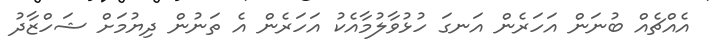
އެއްޗެއް ބުނަން އަހަރެން އަނގަ ހުޅުވާލުމާއެކު އަހަރެން އެ ތަނުން ދިޔުމަށް ޝަހްޒާދު